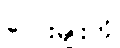
လေးမျိုးကို